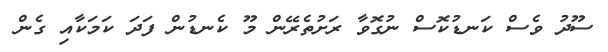
ސޫދު ވެސް ކަނޑުކޮސް ނުގޮވާ ރަށުތެރޭން މޫ ކެނޑުން ފަދަ ކަމަކާއި ގެން